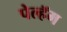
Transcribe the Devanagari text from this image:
पेल्हॅम